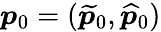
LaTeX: \boldsymbol{p}_{0}=(\widetilde{\boldsymbol{p}}_{0},\widehat{\boldsymbol{p}}_{0})